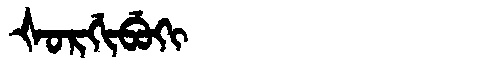
Manchu: ᡧᠣᡵᡤᡳᠪᡠᡴᡳ
Romanization: ŠORGIBUKI